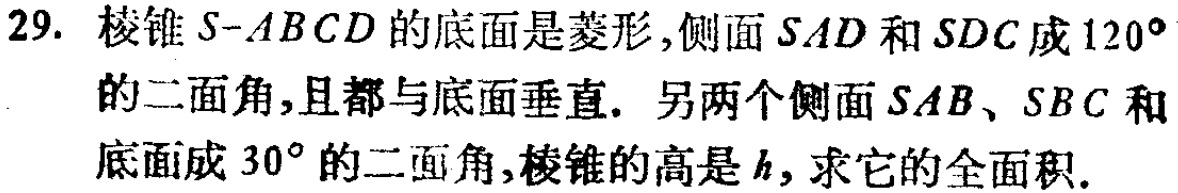
29. 棱锥\(S - ABCD\)的底面是菱形，侧面\(SAD\)和\(SDC\)成\(120^{\circ}\)的二面角，且都与底面垂直. 另两个侧面\(SAB\)、\(SBC\)和底面成\(30^{\circ}\)的二面角，棱锥的高是\(h\)，求它的全面积.